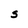
Character: S